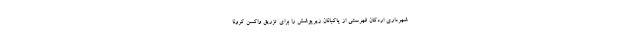
شهرداری اردکان فهرستی از پاکبانان زیرپوشش را برای تزریق واکسن کرونا